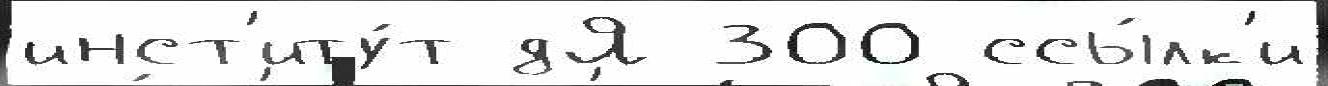
инст'иту́т дЯ 300 ссы́лк'и